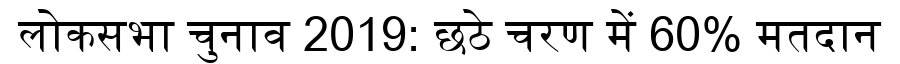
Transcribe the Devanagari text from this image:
लोकसभा चुनाव 2019: छठे चरण में 60% मतदान